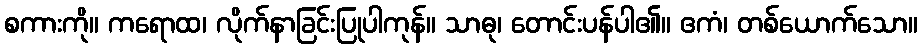
စကားကို။ ကရောထ၊ လိုက်နာခြင်းပြုပါကုန်။ သာဓု၊ တောင်းပန်ပါ၏။ ဧကံ၊ တစ်ယောက်သော။